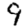
Digit: 9